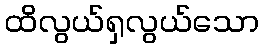
ထိလွယ်ရှလွယ်သော